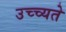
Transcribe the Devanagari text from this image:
उच्च्यते